Report on vaccination in Madras 1877-1894 - 1877-1894
Year: 1877
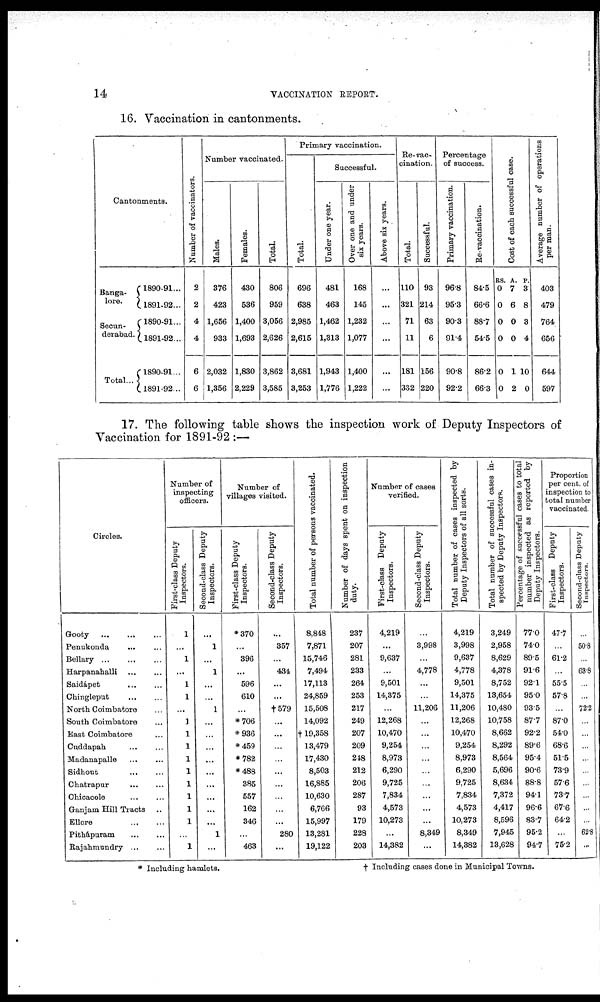
14
VACCINATION REPORT.
16. Vaccination in cantonments.
Cantonments.
Banga-
lore.
Secun-
derabad.
Total...
1890-91...
1891-92...
1890-91...
1891-92...
1890-91...
1891-92...
Number of vaccinators.
2
2
4
4
6
6
Number vaccinated.
Males.
376
423
1,656
933
2,032
1,356
Females.
430
536
1,400
1,693
1,830
2,229
Total.
806
959
3,056
2,626
3,862
3,585
Primary vaccination.
Total.
696
638
2,985
2,615
3,681
3,253
Successful.
Under one year.
481
463
1,462
1,313
1,943
1,776
Over one and under
six years.
168
145
1,232
1,077
1,400
1,222
Above six years.
...
...
...
...
...
...
Re-vac-
cination.
Total.
110
321
71
11
181
332
Successful.
93
214
63
6
156
220
Percentage
of success.
Primary vaccination.
96.8
95.3
90.3
91.4
90.8
92.2
Re-vaccination.
84.5
66.6
88.7
54.5
86.2
66.3
Cost of each successful case.
RS.
0
0
0
0
0
0
A.
7
6
0
0
1
2
P.
3
8
3
4
10
0
Average number of operations
per man.
403
479
764
656
644
597
17. The following table shows the inspection work of Deputy Inspectors of
Vaccination for 1891-92:—
Circles.
Gooty
...
...
...
Penukonda ... ...
Bellary
...
...
...
Harpanahalli ... ...
Saidápet
...
...
Chingleput
...
...
North Coimbatore ...
South Coimbatore ...
East Coimbatore ...
Cuddapah
...
...
Madanapalle ... ...
Sidhout
...
...
Chatrapur
...
...
Chicacole
...
...
Ganjam Hill Tracts ..
Ellore
...
...
Pithápuram
...
...
Rajahmundry ... ...
Number of
inspecting
officers.
First-class Deputy
Inspectors.
1
...
1
...
1
1
...
1
1
1
1
1
1
1
1
1
...
1
Second-class Deputy
Inspectors.
...
1
...
1
...
...
1
...
...
...
...
...
...
...
...
...
1
...
Number of
villages visited.
First-class Deputy
Inspectors.
*370
...
396
...
596
610
...
*706
*936
*459
*782
*488
385
557
162
346
...
463
Second-class Deputy
Inspectors.
...
357
...
434
...
...
†579
...
...
...
...
...
...
...
...
...
280
...
Total number of persons vaccinated.
8,848
7,871
15,746
7,494
17,113
24,859
15,508
14,092
†19,358
13,479
17,430
8,503
16,885
10,630
6,766
15,997
13,281
19,122
Number of days spent on inspection
duty.
237
207
281
233
264
253
217
249
207
209
248
212
206
287
93
179
228
203
Number of cases
verified.
First-class Deputy
Inspectors.
4,219
...
9,637
...
9,501
14,375
...
12,268
10,470
9,254
8,973
6,290
9,725
7,834
4,573
10,273
...
14,382
Second-class Deputy
Inspectors.
...
3,998
...
4,778
...
...
11,206
...
...
...
...
...
...
...
...
...
8,349
...
Total number of cases inspected by
Deputy Inspectors of all sorts.
4,219
3,998
9,637
4,778
9,501
14,375
11,206
12,268
10,470
9,254
8,973
6,290
9,725
7,834
4,573
10,273
8,349
14,382
Total number of successful cases in-
spected by Deputy Inspectors.
3,249
2,958
8,629
4,378
8,752
13,654
10,480
10,758
8,662
8,292
8,564
5,696
8,634
7,372
4,417
8,596
7,945
13,628
Percentage of successful cases to total
number inspected as reported by
Deputy Inspectors.
77.0
74.0
89.5
91.6
92.1
95.0
93.5
87.7
92.2
89.6
95.4
90.6
88.8
94.1
96.6
83.7
95.2
94.7
Proportion
per cent. of
inspection to
total number
vaccinated.
First-class Deputy
Inspectors.
47.7
...
61.2
...
55.5
57.8
...
87.0
54.0
68.6
51.5
73.9
57.6
73.7
67.6
64.2
...
75.2
Second-class Deputy
Inspectors.
...
50.8
...
63.8
...
...
72.2
...
...
...
...
...
...
...
...
...
62.8
...
* Including hamlets.
† Including cases done in Municipal Towns.